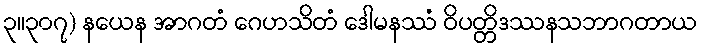
၃။၃၀၇) နယေန အာဂတံ ဂေဟသိတံ ဒေါမနဿံ ဝိပတ္တိဒဿနသဘာဂတာယ